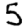
Digit: 5